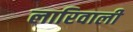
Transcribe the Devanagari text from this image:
लारिवाली